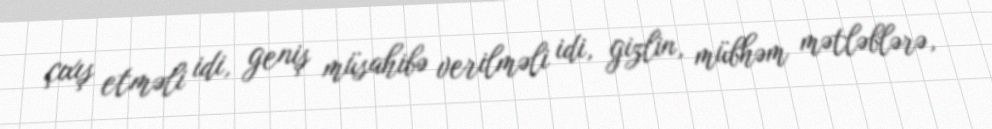
çıxış etməli idi, geniş müsahibə verilməli idi, gizlin, mübhəm mətləblərə,